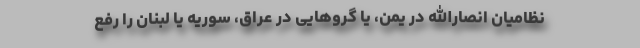
نظامیان انصارالله در یمن، یا گروهایی در عراق، سوریه یا لبنان را رفع